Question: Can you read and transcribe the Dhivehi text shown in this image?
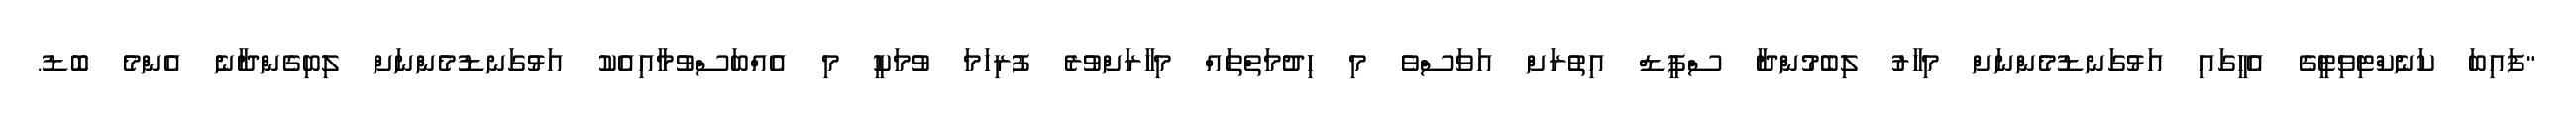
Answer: "ފައިބަ ކަނެކްޓިވިޓީގެ އެހީގައި އަޅުގަނޑުމެންނަށް މިހާރު ލިބެމުންދާ ސްޕީޑް އިތުރަށް އަވަސްވެ މި ހިދުމަތްތައް މިހާރަށްވުރެ ފުރިހަމަ ވުމަކީ މި އެއްބަސްވުމާއިއެކު އަޅުގަނޑުމެންނަށް ލިބިގެންދާނެ އެންމެ ބޮޑު.